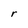
Character: r